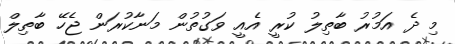
މި ދެ އަމުރު ބާތިލު ކުރީ އެއީ ވަގުތުން މަނާކުރަން ޖެހޭ ބާތިލް